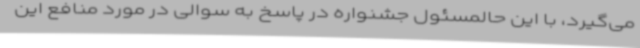
می‌گیرد، با این حالمسئول جشنواره در پاسخ به سوالی در مورد منافع این